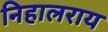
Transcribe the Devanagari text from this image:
निहालराय